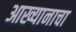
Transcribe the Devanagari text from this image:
आख्यानाचा